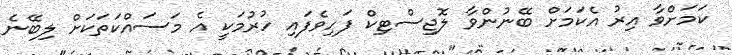
ކަމަށްވާ އިރު އެކަމަށް ބޭނުންވާ ލޮޖިސްޓިކް ފަހިވެފައި ހުރުމަކީ އެ މަސައްކަތަކަށް ލިބޭނެ